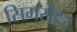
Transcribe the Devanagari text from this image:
सिमसेंटर